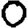
Digit: 0